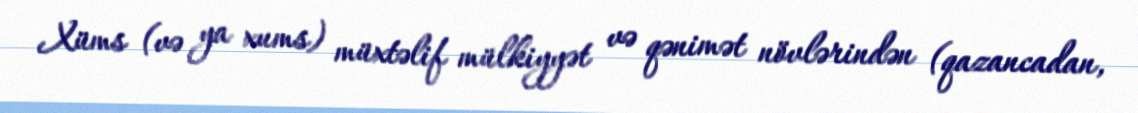
Xüms (və ya xums) müxtəlif mülkiyyət və qənimət növlərindən (qazancadan,